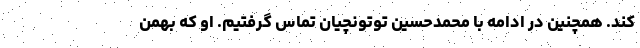
کند. همچنین در ادامه با محمدحسین توتونچیان تماس گرفتیم. او که بهمن